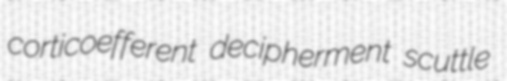
corticoefferent decipherment scuttle